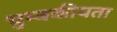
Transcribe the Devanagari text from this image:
चुम्बकीयता